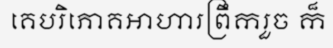
គេបរិភោគអាហារព្រឹករួច ក៏